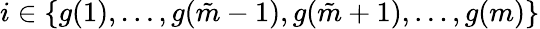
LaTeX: i\in\{ g(1),\ldots,g(\tilde{m}-1),g(\tilde{m}+1),\ldots,g(m)\}